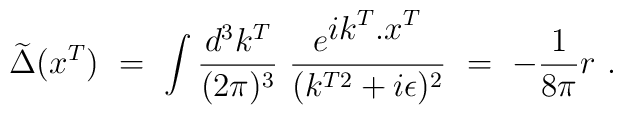
\widetilde \Delta (x^T)\ =\ \int \frac{d^3k^T}{(2\pi)^3}\ \frac{e^{{\displaystyle ik^T.x^T}}}{(k^{T2}+i\epsilon)^2}\ =\ -\frac{1}{8\pi}r\ .